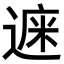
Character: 𨕁